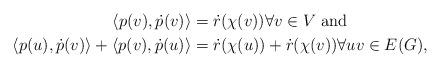
LaTeX: \begin{align*}\langle p(v), \dot{p}(v)\rangle&=\dot{r}(\chi(v)) \forall v\in V \mbox{ and} \\\langle p(u), \dot{p}(v)\rangle+\langle p(v), \dot{p}(u)\rangle&=\dot{r}(\chi(u))+\dot{r}(\chi(v)) \forall uv\in E(G),\end{align*}